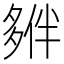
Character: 𡖱